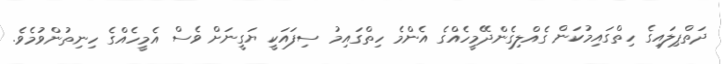
ދަތްޕިލައިގެ ހިތްގައިމުކަން ގެއްލިގެންދޭމީހެއްގެ އެންމެ ހިތްގައިމު ސިފައަކީ ޔަގީނަށް ވެސް އެމީހެއްގެ ހިނިތުންވުމެވެ.